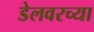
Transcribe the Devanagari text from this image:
डेलवरच्या